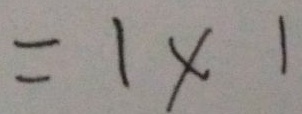
= 1 \times 1